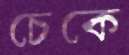
চেকে